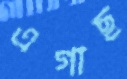
এগাছ